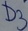
Text: D3